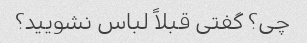
چی؟ گفتی قبلاً لباس نشویید؟